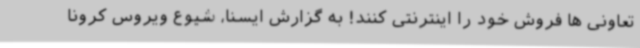
تعاونی ها فروش خود را اینترنتی کنند! به گزارش ایسنا، شیوع ویروس کرونا